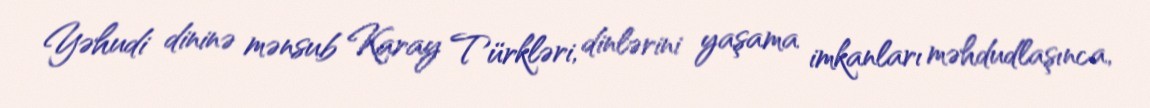
Yəhudi dininə mənsub Karay Türkləri, dinlərini yaşama imkanları məhdudlaşınca,